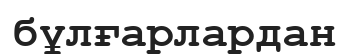
бұлғарлардан